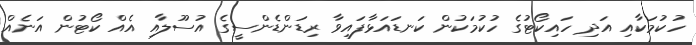
ހުކުމަކާއި އަދި ހައިކޯޓުގެ ހުކުމަކުން ކަނޑައަޅާފައިވާ ރިޑަންޑެންސީގެ އުސޫލާއި އެއް ކޯޓުން އަނެއް